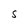
Character: S